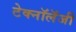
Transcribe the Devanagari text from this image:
टेक्नॉलॅजी